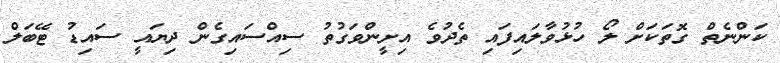
ކަންނެތް ގޮތަކަށް ލޯ ހުޅުވާލައިފައި ތެދުވެ އިށީންވަގުތު ސިއްސައިގެން ދިޔައީ ސައިޑު ޓޭބަލް